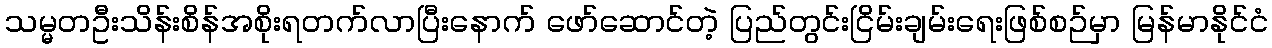
သမ္မတဦးသိန်းစိန်အစိုးရတက်လာပြီးနောက် ဖော်ဆောင်တဲ့ ပြည်တွင်းငြိမ်းချမ်းရေးဖြစ်စဉ်မှာ မြန်မာနိုင်ငံ